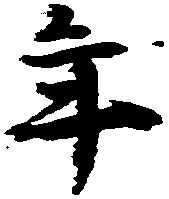
年